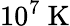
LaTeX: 10^{7}~\mathrm{K}